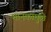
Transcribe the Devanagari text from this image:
मानकामुळे